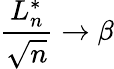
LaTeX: {\frac{L_{n}^{*}}{\sqrt{n}}}\rightarrow\beta